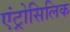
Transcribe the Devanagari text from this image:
एंट्रोसिलिक